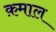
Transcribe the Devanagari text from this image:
क़माल